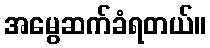
အမွေဆက်ခံရတယ်။